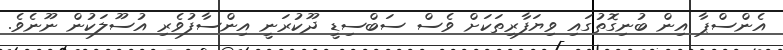
އެންސްޕާ އިން ބުނިގޮތުގައި ވިޔަފާރިތަކަށް ވެސް ސަބްސިޑީ ދޫކުރަނީ އިންސާފުވެރި އުސޫލަކުން ނޫނެވެ.